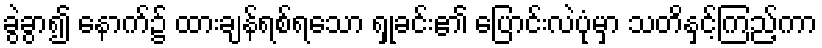
ခွဲခွာ၍ နောက်၌ ထားချန်ရစ်ရသော ရှုခင်း၏ ပြောင်းလဲပုံမှာ သတိနှင့်ကြည့်ကာ